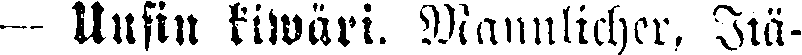
— Uusin kiwäri. Mannlicher, Itä-